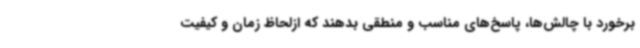
برخورد با چالش‌ها، پاسخ‌های مناسب و منطقی بدهند که ازلحاظ زمان و کیفیت